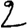
Digit: 2